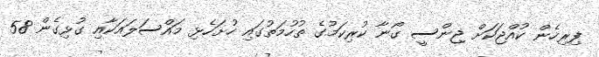
ފިރިހެން ކުއްޖަކަށް ޖިންސީ ގޯނާ ކުރިކަމުގެ ތުހުމަތުގައި ހުށަހެޅި މައްސަލައަކާއި ގުޅިގެން 58